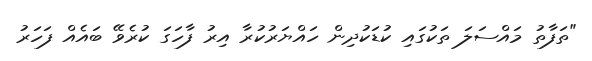
"ތަފާތު މައްސަލަ ތަކުގައި ކުޑަކުދިން ހައްޔަރުކުރާ އިރު ފާހަގަ ކުރެވޭ ބައެއް ފަހަރު